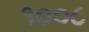
૧૦૦૮